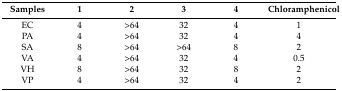
<table><thead><tr><td><b>Samples</b></td><td><b>1</b></td><td><b>2</b></td><td><b>3</b></td><td><b>4</b></td><td><b>Chloramphenicol</b></td></tr></thead><tbody><tr><td>EC</td><td>4</td><td>&gt;64</td><td>32</td><td>4</td><td>1</td></tr><tr><td>PA</td><td>4</td><td>&gt;64</td><td>32</td><td>4</td><td>4</td></tr><tr><td>SA</td><td>8</td><td>&gt;64</td><td>&gt;64</td><td>8</td><td>2</td></tr><tr><td>VA</td><td>4</td><td>&gt;64</td><td>32</td><td>4</td><td>0.5</td></tr><tr><td>VH</td><td>8</td><td>&gt;64</td><td>32</td><td>8</td><td>2</td></tr><tr><td>VP</td><td>4</td><td>&gt;64</td><td>32</td><td>4</td><td>2</td></tr></tbody></table>